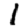
Digit: 1